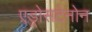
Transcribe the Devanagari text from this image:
एड्रोसटेनोन